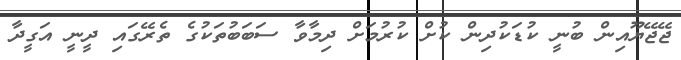
ޖޭޖޭޔޫއިން ބުނީ ކުޑަކުދިން ކުށް ކުރުމަށް ދިމާވާ ސަބަބުތަކުގެ ތެރޭގައި ދީނީ އަގީދާ